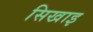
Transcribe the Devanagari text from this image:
सिखाइ